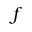
f